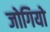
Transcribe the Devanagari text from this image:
जोगियो